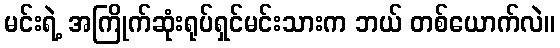
မင်းရဲ့ အကြိုက်ဆုံးရုပ်ရှင်မင်းသားက ဘယ် တစ်ယောက်လဲ။